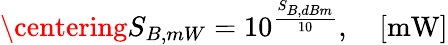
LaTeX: \centering S_{B,mW}=10^{\frac{S_{B,dBm}}{10}},\quad[\mathrm{mW}]